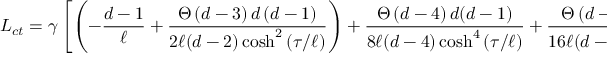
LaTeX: { \cal L } _ { c t } = \gamma \left[ \left( - \frac { d - 1 } { \ell } + \frac { \Theta \left( d - 3 \right) d \left( d - 1 \right) } { 2 \ell ( d - 2 ) \cosh ^ { 2 } \left( \tau / \ell \right) } \right) + \frac { \Theta \left( d - 4 \right) d ( d - 1 ) } { 8 \ell ( d - 4 ) \cosh ^ { 4 } \left( \tau / \ell \right) } + \frac { \Theta \left( d - 5 \right) \left( d - 1 \right) d } { 1 6 \ell ( d - 6 ) \cosh ^ { 6 } \left( \tau / \ell \right) } \right]